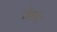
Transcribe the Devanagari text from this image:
मेग्वेर